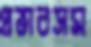
প্রভাবসম